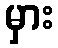
မှား